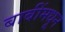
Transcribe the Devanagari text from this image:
बाबींमधून